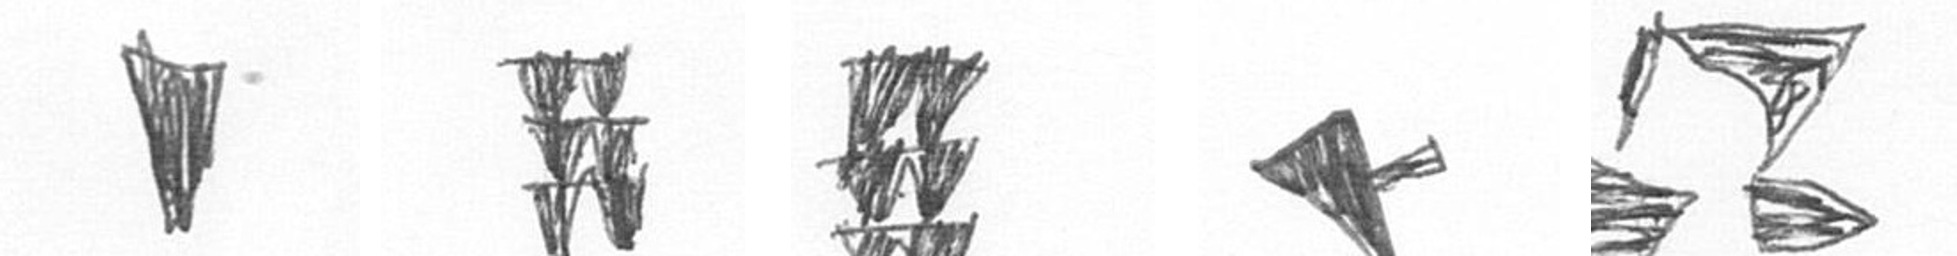
J Y Y F B